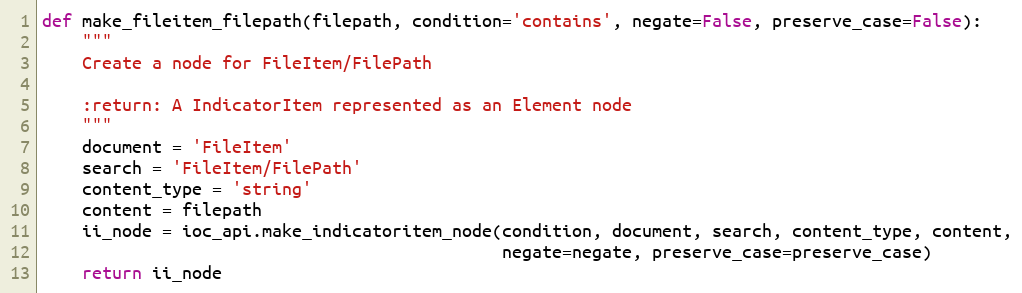
Language: Python
def make_fileitem_filepath(filepath, condition='contains', negate=False, preserve_case=False):
    """
    Create a node for FileItem/FilePath

    :return: A IndicatorItem represented as an Element node
    """
    document = 'FileItem'
    search = 'FileItem/FilePath'
    content_type = 'string'
    content = filepath
    ii_node = ioc_api.make_indicatoritem_node(condition, document, search, content_type, content,
                                              negate=negate, preserve_case=preserve_case)
    return ii_node